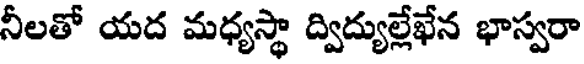
నీలతో యద మధ్యస్థా ద్విద్యుల్లేఖేన భాస్వరా